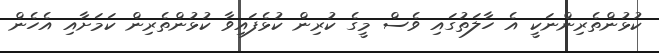
ކުޅުންތެރިންނަކީ އެ ހާލަތުގައި ވެސް މީގެ ކުރިން ކުޅެފައިވާ ކުޅުންތެރިން ކަމަށާއި އެހެން